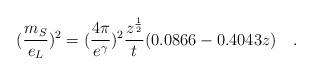
LaTeX: \begin{align*}(\frac{m_{S}}{e_{L}})^{2}=(\frac{4\pi }{e^{\gamma}})^{2}\frac{z^{\frac{1}{2}}}{t}(0.0866-0.4043z)\quad .\end{align*}